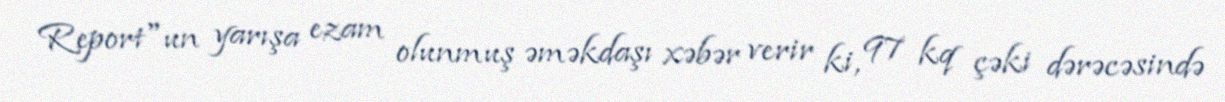
Report"un yarışa ezam olunmuş əməkdaşı xəbər verir ki, 97 kq çəki dərəcəsində